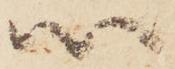
以